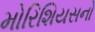
મોરિશિયસનો